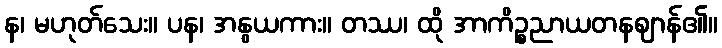
န၊ မဟုတ်သေး။ ပန၊ အနွယကား။ တဿ၊ ထို အာကိဉ္စညာယတနဈာန်၏။